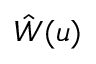
\hat { W } ( u )